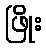
ဖြိုး